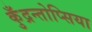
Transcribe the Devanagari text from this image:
कुँद्रन्तोप्सिया